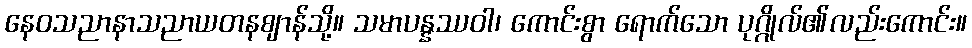
နေဝသညာနာသညာယတနဈာန်သို့။ သမာပန္နဿဝါ၊ ကောင်းစွာ ရောက်သော ပုဂ္ဂိုလ်၏လည်းကောင်း။